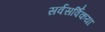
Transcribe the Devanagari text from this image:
सर्वसर्विकया